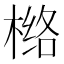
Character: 𰘅